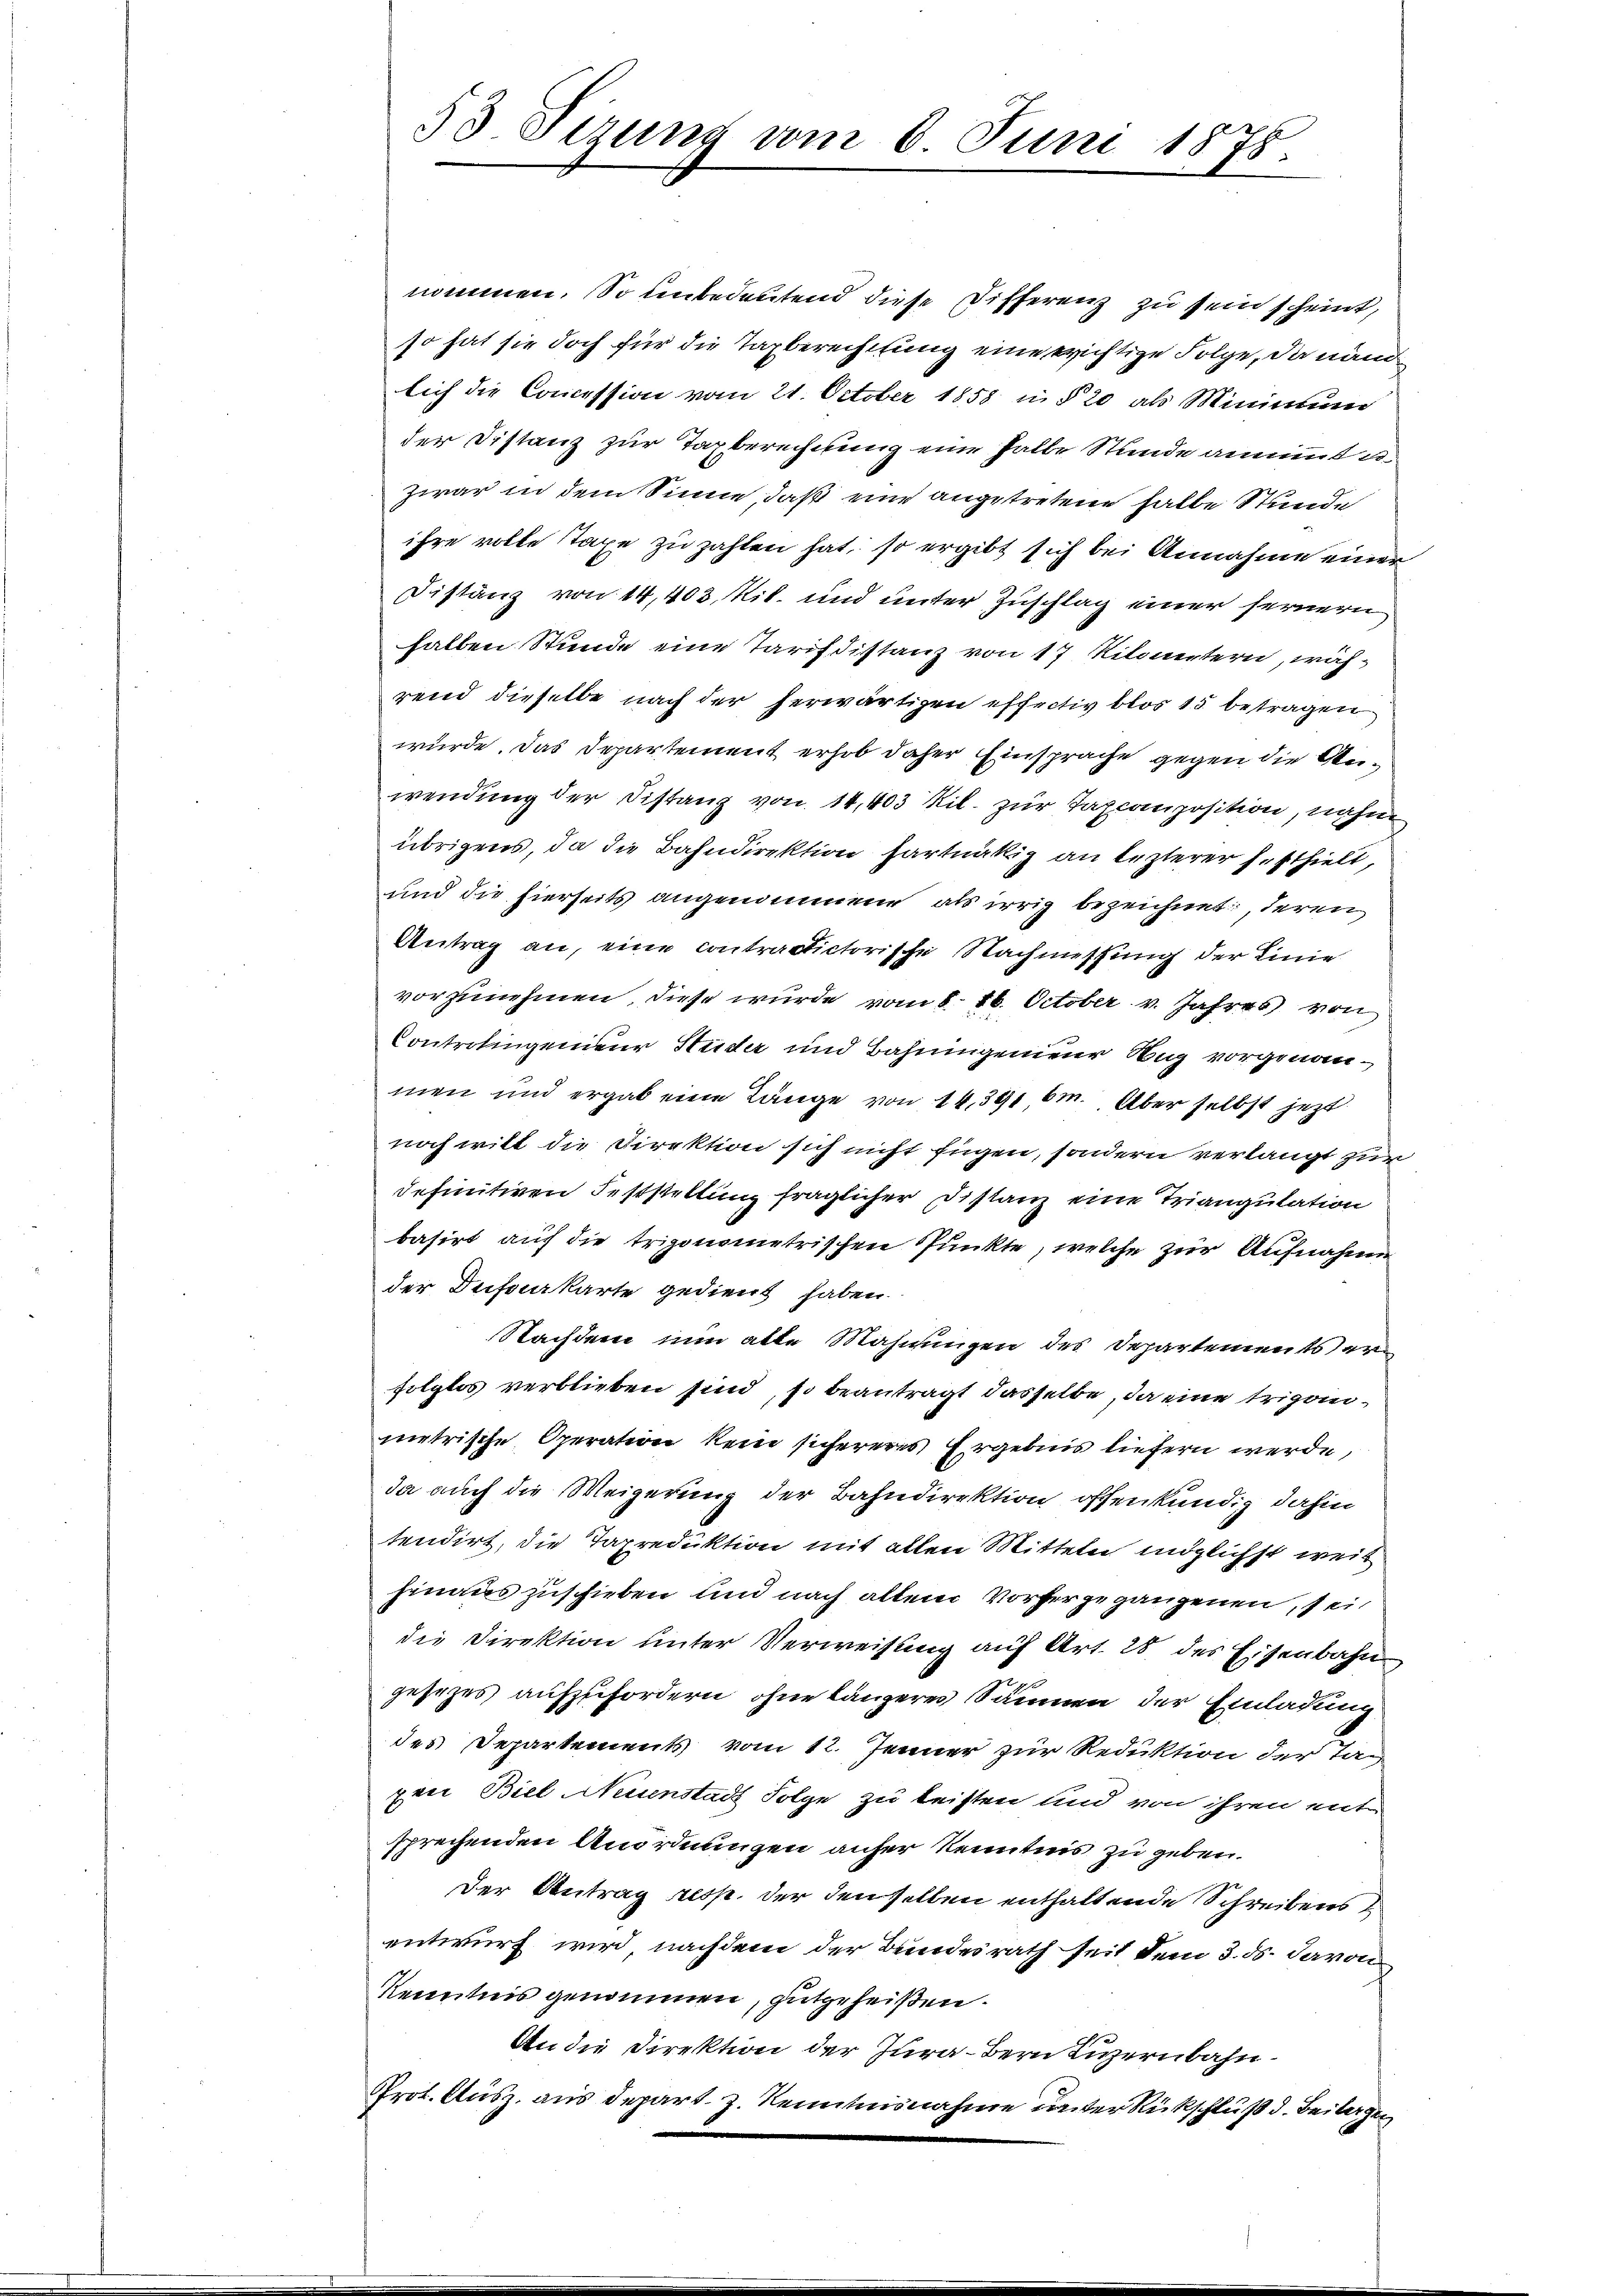
53. Sizung vom 6. Juni 1878.

nommen. So unbedeutend diese Differenz zu sein scheint,
so hat sie doch für die Taxberechtung eine erichtige Folge, da nun
lich die Concession vom 21. October 1858 in § 20 als Minimum
der Distanz zur Tagberechnung eine Halle Stunde annimmt u.
zwar in dem Sinne, daß eine angetretene halbe Stunde
ihre volle Taxe zu zahlen hat, so ergibt sich bei Annahme einer
Distanz von 14,403, Nik. und unter Zuschlag einer fernern
halben Stunde eine Tarifdistanz von 17 Kilometern, während dieselbe nach der herwärtigen effectiv blos 15 betragen
würde. Das Departement erhob daher Einsprache gegen die Anwendung der Distanz von 14,403 Ril. zur Taxcomposition, nahm
übrigens, da die Bahndirektion hartnätig an lezterer festhielt,
und die hierseits angenommene als irrig bezeichnet, deren
Antrag an, eine contractictorische Nachmessung der Linie
vorzunehmen, diese wurde vom 8. 16. October v. Jahres von
Controlingenieur Steider und Bahningenieur Hug vorgenommen und ergab eine Länge von 14,391, 6m. Aber selbst jetzt
noch will die Direktion sich nicht fügen, sondern verlangt zur
definitiven Feststellung fraglicher Distanz eine Triangulation
basirt auf die trigonometrischen Punkte, welche zur Aufnahmen
der Infarkarte gedient haben.
Nachdem nun alle Mahnungen des Departements erfolglos verblieben sind, so beantragt dasselbe, da eine triganmetrische Operation kein sichereres Ergebnis liefern werde,
da auch die Weigerung der Bahndirektion offenkundig dahin
tendirt, die Tapreduktion mit allen Mitteln möglichst weit
hinauszuschieben und nach alten Vorhergegangenen, sei,
die Direktion unter Verweisung auf Art. 28 des Eisenbahn
gesezes aufzufordern ohne längeres Säumen der Einladung
des Departements vom 12. Jenner zur Reduktion der Tag
prei Biel Neinstadt Folge zu leisten und von ihren unter
sprechenden Anordnungen anher Kenntnis zu geben.
Der Antrag resp. der denselben enthaltende Schreibens
entwurf wird nachdem der Bundesrath seit dem 3. ds. davon
Kenntnis genommen, gutgeheißen.
An die Direktion der Jura - Bern Luzernbahn¬
Prot. Ausz. aus depart. J. Kenntnisnahme unter Rückschluß d. Beilagen